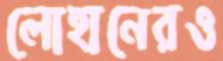
লোহানেরও